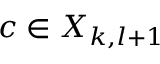
c \in X _ { k , l + 1 }